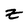
Character: z